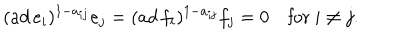
( a d \, e _ { i } ) ^ { 1 - a _ { i j } } e _ { j } = ( a d \, f _ { i } ) ^ { 1 - a _ { i j } } f _ { j } = 0 \quad \mathrm { f o r ~ } i \neq j .